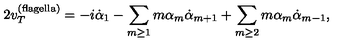
2 v _ { T } ^ { ( \mathrm { f l a g e l l a ) } } = - i \dot { \alpha } _ { 1 } - \sum _ { m \geq 1 } m \alpha _ { m } \dot { \alpha } _ { m + 1 } + \sum _ { m \geq 2 } m \alpha _ { m } \dot { \alpha } _ { m - 1 } ,